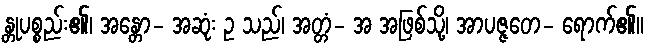
န္တုပစ္စည်း၏၊ အန္တော- အဆုံး ဥ သည်၊ အတ္တံ- အ အဖြစ်သို့၊ အာပဇ္ဇတေ- ရောက်၏။